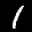
Label: 1